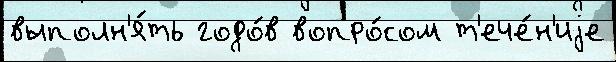
выполн'я́ть годо́в вопро́сом т'ече́н'иjе